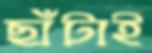
ছাঁটাই